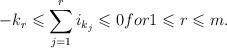
LaTeX: \begin{align*} -k_{r} \leqslant \sum_{j=1}^{r} i_{k_{j}} \leqslant 0 for 1 \leqslant r \leqslant m. \end{align*}